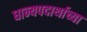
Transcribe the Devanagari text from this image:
धान्यपदार्थाच्या